Lunatic asylums Burma 1907-21 - 1907-1921
Year: 1907
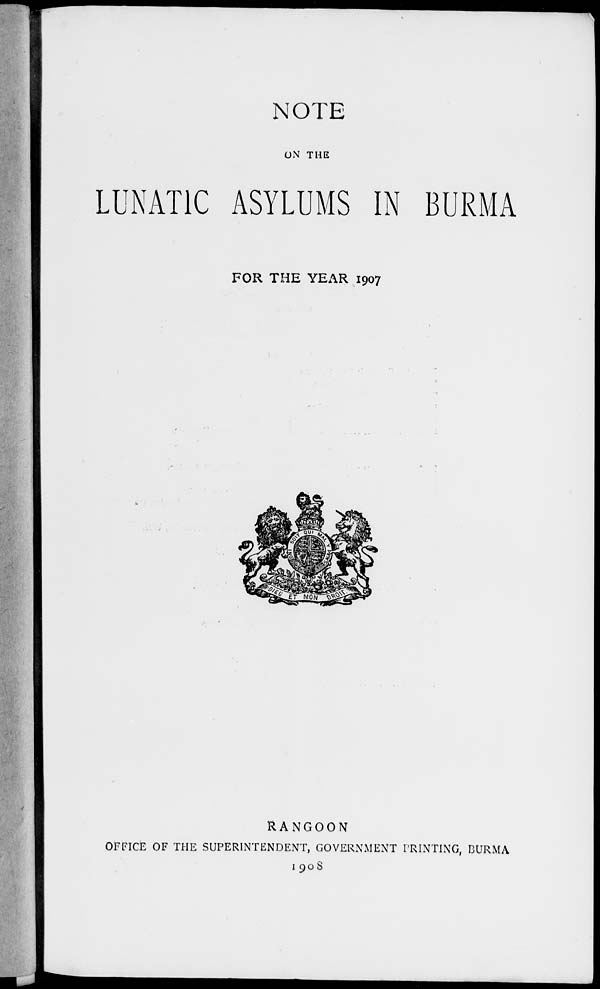
NOTE
ON THE
LUNATIC ASYLUMS IN BURMA
FOR THE YEAR 1907
RANGOON
OFFICE OF THE SUPERINTENDENT, GOVERNMENT PRINTING, BURMA
1908